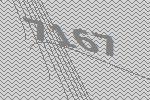
7167